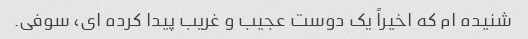
شنیده ام که اخیراً یک دوست عجیب و غریب پیدا کرده ای، سوفی.